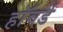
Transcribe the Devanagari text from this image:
हाॅवर्ड